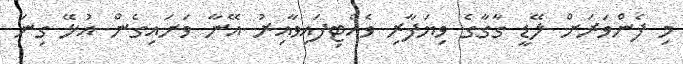
މި ފެންވަރަށް ލޭޑީ ގާގާގެ ވިޔަފާރި ވެއްޓިފައިވާއިރު އޭނާ ވަށައިގެން އުޅޭ ގިނަ